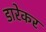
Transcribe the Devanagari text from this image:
डारेकर